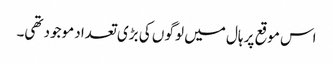
اس موقع پر ہال میں لوگو ں کی بڑی تعداد موجود تھی۔